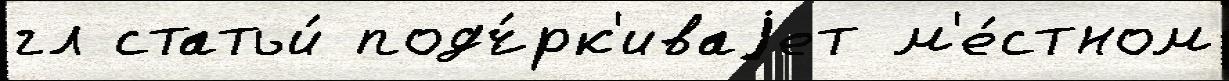
гл статьи́ подч́рк'иваjет м'е́стном